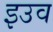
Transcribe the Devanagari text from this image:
इउव